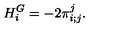
{ } H _ { i } ^ { G } = - 2 { \pi } _ { i ; j } ^ { j } .